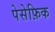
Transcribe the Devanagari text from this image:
पेसेफ़िक